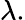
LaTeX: \lambda.